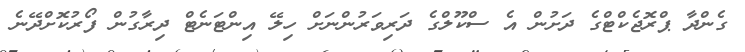
ގެންދާ ޕްރޮޖެކްޓްގެ ދަށުން އެ ސްކޫލްގެ ދަރިވަރުންނަށް ހިލޭ އިންޓަނެޓް ދިރާގުން ފޯރުކޮށްދޭނެ